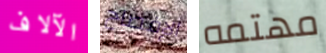
الآلاف الإفصاح مهتمه